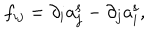
f _ { i j } = \partial _ { i } a _ { j } ^ { \mathrm { s } } - \partial _ { j } a _ { i } ^ { \mathrm { s } } ,